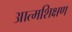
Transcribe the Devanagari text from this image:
आत्मशिक्षण